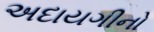
અદાયગીનો